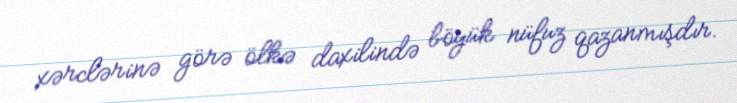
xərclərinə görə ölkə daxilində böyük nüfuz qazanmışdır.